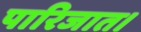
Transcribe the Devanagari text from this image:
पारिजात।